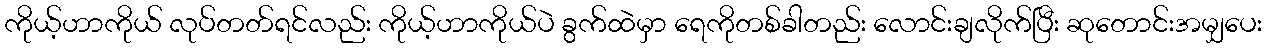
ကိုယ့်ဟာကိုယ် လုပ်တတ်ရင်လည်း ကိုယ့်ဟာကိုယ်ပဲ ခွက်ထဲမှာ ရေကိုတစ်ခါတည်း လောင်းချလိုက်ပြီး ဆုတောင်းအမျှပေး